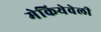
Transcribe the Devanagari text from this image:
मेकियेवेली